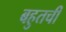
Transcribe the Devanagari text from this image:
बहुतची